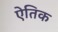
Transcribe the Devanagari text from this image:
ऐतिक